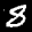
Label: 8